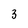
Character: 3